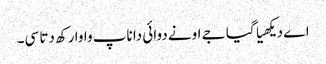
اے دیکھیا گیا جے اونے دوائی دا ناپ واوا رکھ دتا سی۔